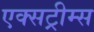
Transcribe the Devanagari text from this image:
एक्सट्रीम्स